Vaccination in Burma 1920-1933 - 1920-1933
Year: 1920
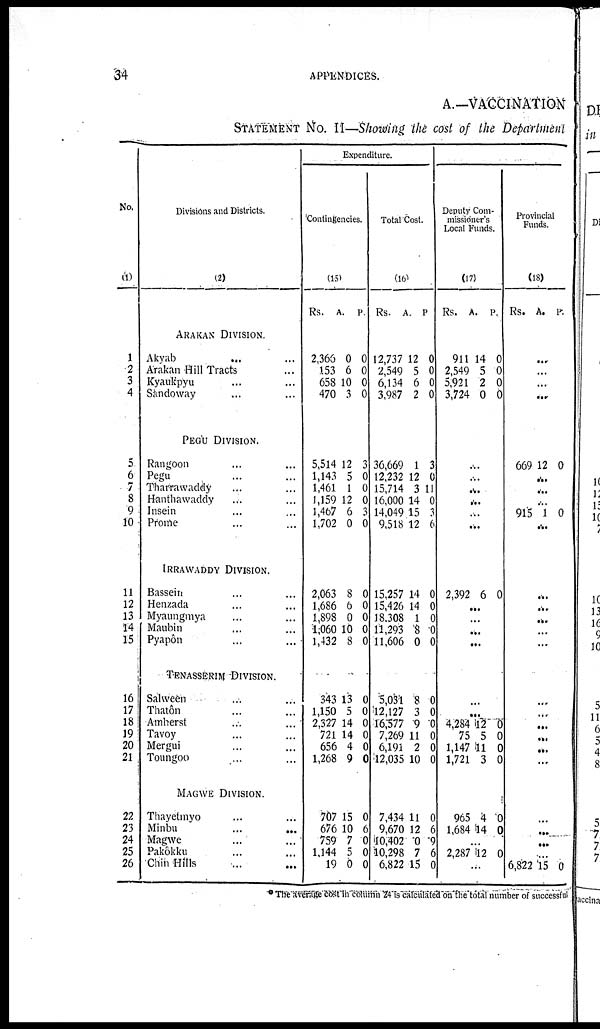
34
APPENDICES.
A.—VACCINATION
STATEMENT No. II—Showing the cost of the Department
No.
(1)
1
2
3
4
5
6
7
8
9
10
11
12
13
14
15
16
17
18
19
20
21
22
23
24
25
26
Divisions and Districts.
(2)
ARAKAN DIVISION.
Akyab... ...
Arakan Hill Tracts...
Kyaukpyu... ...
Sandoway... ...
PEGU DIVISION.
Rangoon... ...
Pegu... ...
Tharrawaddy... ...
Hanthawaddy... ...
Insein... ...
Prome... ...
IRRAWADDY DIVISION.
Bassein... ...
Henzada... ...
Myaungmya... ...
Maubin... ...
Pyapôn... ...
TENASSERIM DIVISION.
Salween... ...
Thatôn... ...
Amherst... ...
Tavoy... ...
Mergui... ...
Toungoo... ...
MAGWE DIVISION.
Thayetmyo... ...
Minbu... ...
Magwe... ...
Pakôkku... ...
Chin Hills... ...
Expenditure.
Contingencies.
(15)
Rs.
2,366
153
658
470
5,514
1,143
1,461
1,159
1,467
1,702
2,063
1,686
1,898
1,060
1,432
343
1,150
2,327
721
656
1,268
707
676
759
1,144
19
A.
0
6
10
3
12
5
1
12
6
0
8
6
0
10
8
13
5
14
14
4
9
15
10
7
5
0
P.
0
0
0
0
3
0
0
0
3
0
0
0
0
0
0
0
0
0
0
0
0
0
6
0
0
0
Total Cost.
(16)
Rs.
12,737
2,549
6,134
3,987
36,669
12,232
15,714
16,000
14,049
9,518
15,257
15,426
18,308
11,293
11,606
5,031
12,127
16,377
7,269
6,191
12,035
7,434
9,670
10,402
10,298
6,822
A.
12
5
6
2
1
12
3
14
15
12
14
14
1
8
0
8
3
9
11
2
10
11
12
0
7
15
P.
0
0
0
0
3
0
11
0
3
6
0
0
0
0
0
0
0
0
0
0
0
0
6
9
6
0
Deputy Com-
missioner's
Local Funds.
(17)
Rs.
911
2,549
5,921
3,724
A.
14
5
2
0
P.
0
0
0
0
...
...
...
...
...
...
2,392 6 0
...
...
...
...
...
...
4,284
75
1,147
1,721
965
1,684
12
5
11
3
4
14
0
0
0
0
0
0
...
2,287 12 0
...
Provincial
Funds.
(18)
Rs. A. P.
...
...
...
...
669 12 0
...
...
...
915 1 0
...
...
...
...
...
...
...
...
...
...
...
...
...
...
...
...
6,822 15 0
*The average cost in column 24 is calculated on the total number of successful